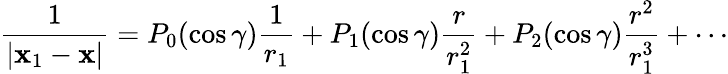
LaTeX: {\frac{1}{|\mathbf{x}_{1}-\mathbf{x}|}}=P_{0}(\cos\gamma){\frac{1}{r_{1}}}+P_{1}(\cos\gamma){\frac{r}{r_{1}^{2}}}+P_{2}(\cos\gamma){\frac{r^{2}}{r_{1}^{3}}}+\cdots